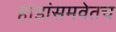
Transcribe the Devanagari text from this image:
हाडांसमवेतच